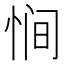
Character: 𫺒